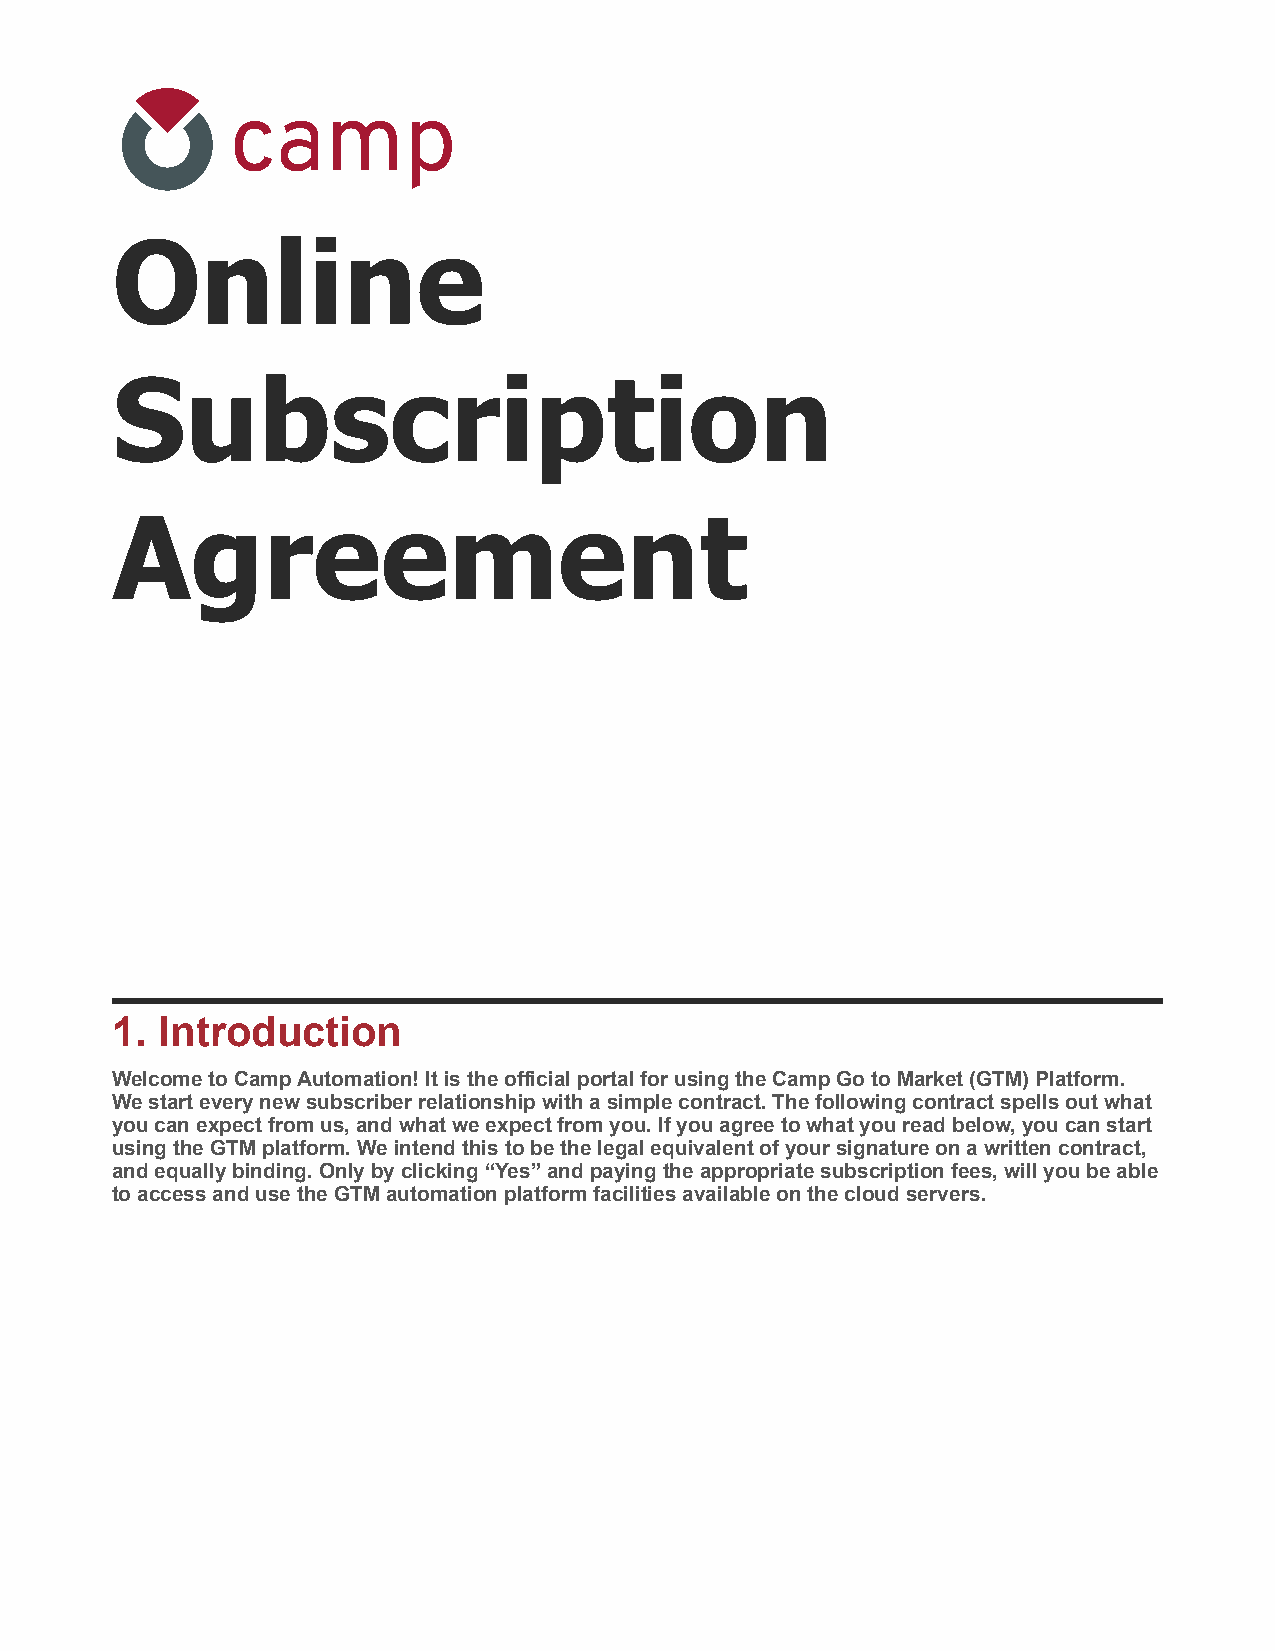
Online
 Subscription
 Agreement
 1.  Introduction
 Welcome to Camp Automation! It is the official portal for using the Camp Go to Market (GTM) Platform.
 We start every new subscriber relationship with a simple contract. The following contract spells out what
 you can expect from us, and what we expect from you. If you agree to what you read below, you can start
 using the GTM platform. We intend this to be the legal equivalent of your signature on a written contract,
 and equally binding. Only by clicking “Yes” and paying the appropriate subscription fees, will you be able
 to access and use the GTM automation platform facilities available on the cloud servers.